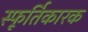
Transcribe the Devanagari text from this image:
स्फूर्तिकारक